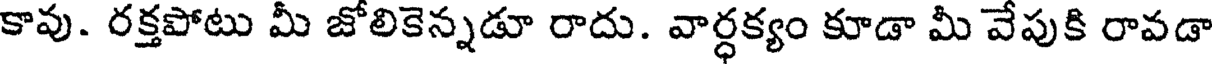
కావు. రక్తపోటు మీ జోలికెన్నడూ రాదు. వార్ధక్యం కూడా మీ వేపుకి రావడా